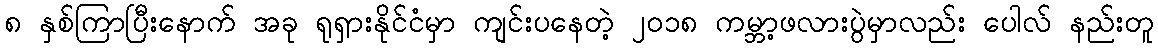
၈ နှစ်ကြာပြီးနောက် အခု ရုရှားနိုင်ငံမှာ ကျင်းပနေတဲ့ ၂၀၁၈ ကမ္ဘာ့ဖလားပွဲမှာလည်း ပေါလ် နည်းတူ